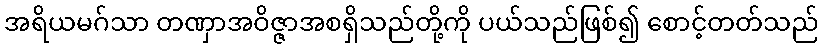
အရိယမဂ်သာ တဏှာအဝိဇ္ဇာအစရှိသည်တို့ကို ပယ်သည်ဖြစ်၍ စောင့်တတ်သည်